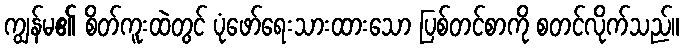
ကျွန်မ၏ စိတ်ကူးထဲတွင် ပုံဖော်ရေးသားထားသော ပြစ်တင်စာကို စတင်လိုက်သည်။